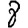
Digit: 8